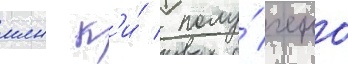
млн к'и́ / полу́чено